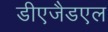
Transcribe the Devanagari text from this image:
डीएजैडएल